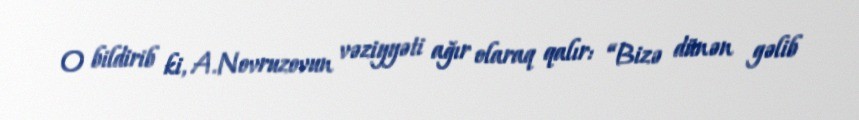
O bildirib ki, A.Novruzovun vəziyyəti ağır olaraq qalır: “Bizə dünən gəlib